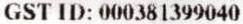
GST ID: 000381399040